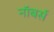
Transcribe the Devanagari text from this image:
नॉबर्स